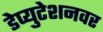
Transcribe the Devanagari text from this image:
डेप्युटेशनवर